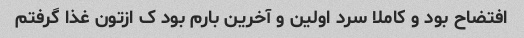
افتضاح بود و کاملا سرد اولین و آخرین بارم بود ک ازتون غذا گرفتم